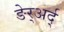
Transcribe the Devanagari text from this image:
ङेर्‍अर्द्